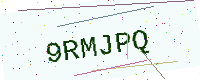
Text: 9RMJPQ